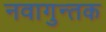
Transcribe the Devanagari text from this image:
नवागुन्तक